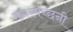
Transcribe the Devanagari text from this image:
मगरमच्छनी